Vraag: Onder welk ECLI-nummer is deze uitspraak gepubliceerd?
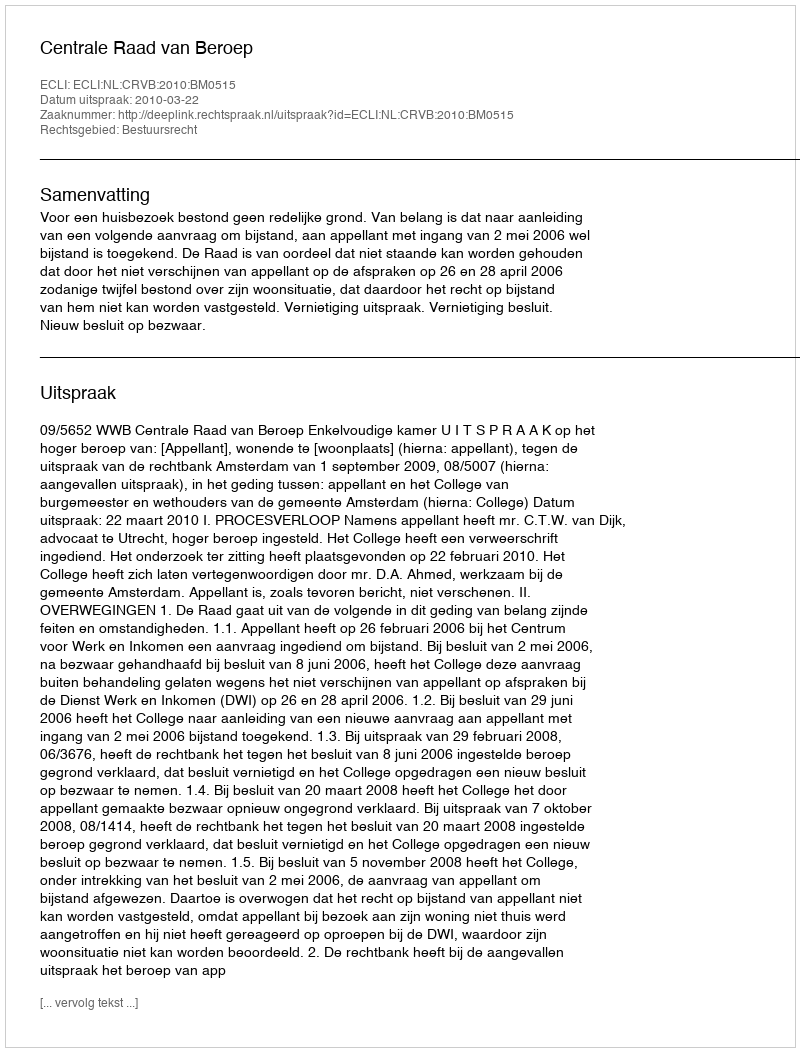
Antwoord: ECLI:NL:CRVB:2010:BM0515